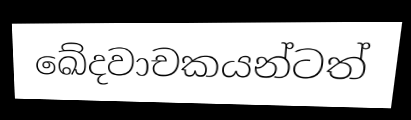
ඛේදවාචකයන්ටත්